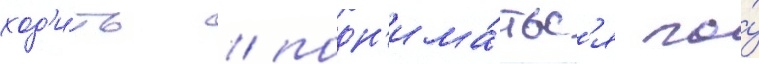
ход'и́ть / подн'има́тьс'я по́